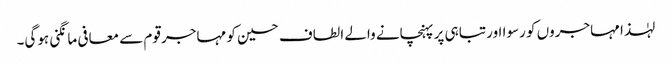
لہٰذا مہاجروں کو رسوا اور تباہی پر پہنچانے والے الطاف حسین کو مہاجر قوم سے معافی مانگنی ہوگی۔